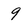
Character: 9